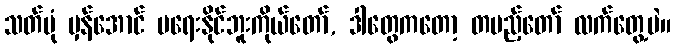
သတ်ပုံ မှန်အောင် မရေးနိုင်ဘူးကိုယ်တော်, ဒါတွေကတော့ တပည့်တော် လက်တွေ့ပဲ။